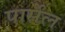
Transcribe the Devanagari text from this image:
पार्सेल